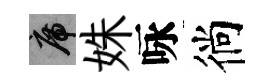
席姝咏徜